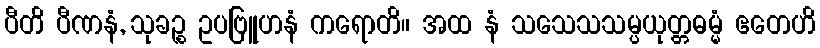
ပီတိ ပီဏနံ, သုခဉ္စ ဥပဗြူဟနံ ကရောတိ။ အထ နံ သသေသသမ္ပယုတ္တဓမ္မံ ဧတေဟိ